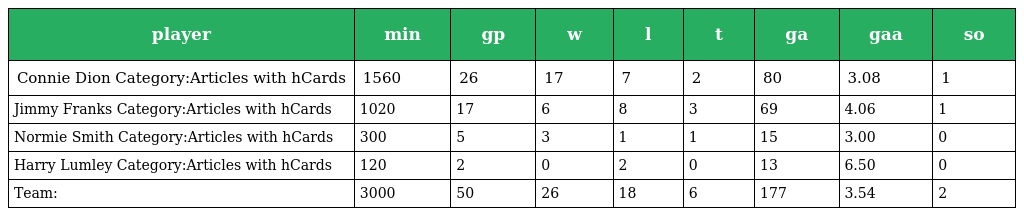
| player | min | gp | w | l | t | ga | gaa | so |
 | --- | --- | --- | --- | --- | --- | --- | --- | --- |
 | Connie Dion Category:Articles with hCards | 1560 | 26 | 17 | 7 | 2 | 80 | 3.08 | 1 |
 | Jimmy Franks Category:Articles with hCards | 1020 | 17 | 6 | 8 | 3 | 69 | 4.06 | 1 |
 | Normie Smith Category:Articles with hCards | 300 | 5 | 3 | 1 | 1 | 15 | 3.00 | 0 |
 | Harry Lumley Category:Articles with hCards | 120 | 2 | 0 | 2 | 0 | 13 | 6.50 | 0 |
 | Team: | 3000 | 50 | 26 | 18 | 6 | 177 | 3.54 | 2 |